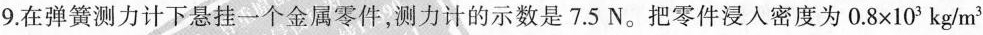
9.在弹簧测力计下悬挂一个金属零件，测力计的示数是7.5N。把零件浸入密度为$$0 . 8 × 1 0 3 k g / m ^ { 3 }$$